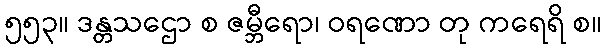
၅၅၃။ ဒန္တသဌော စ ဇမ္ဘီရော၊ ဝရဏော တု ကရေရိ စ။